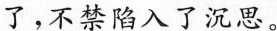
了，不禁陷入了沉思。